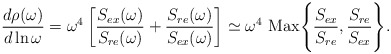
\begin{align*}{d\rho(\omega)\over d \ln \omega} = \omega^4 \left[{S_{ex}(\omega)\over S_{re}(\omega)} + {S_{re}(\omega)\over S_{ex}(\omega)}\right]\simeq \omega^4 ~{\rm Max}\Biggl\{ {S_{ex}\over S_{re}} , {S_{re}\over S_{ex}}\Biggr\}.\end{align*}